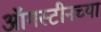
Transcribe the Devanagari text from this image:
ऑगस्टीनच्या